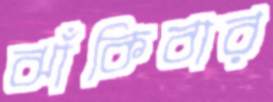
ঝাঁকিবার